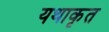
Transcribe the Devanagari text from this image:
यथाकृत